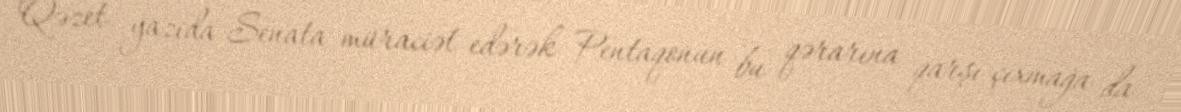
Qəzet yazıda Senata müraciət edərək Pentaqonun bu qərarına qarşı çıxmağa da